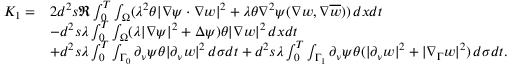
\begin{array} { r l } { K _ { 1 } = } & { 2 d ^ { 2 } s \Re \int _ { 0 } ^ { T } \int _ { \Omega } ( \lambda ^ { 2 } \theta | \nabla \psi \cdot \nabla w | ^ { 2 } + \lambda \theta \nabla ^ { 2 } \psi ( \nabla w , \nabla \overline { { w } } ) ) \, d x d t } \\ & { - d ^ { 2 } s \lambda \int _ { 0 } ^ { T } \int _ { \Omega } ( \lambda | \nabla \psi | ^ { 2 } + \Delta \psi ) \theta | \nabla w | ^ { 2 } \, d x d t } \\ & { + d ^ { 2 } s \lambda \int _ { 0 } ^ { T } \int _ { \Gamma _ { 0 } } \partial _ { \nu } \psi \theta | \partial _ { \nu } w | ^ { 2 } \, d \sigma d t + d ^ { 2 } s \lambda \int _ { 0 } ^ { T } \int _ { \Gamma _ { 1 } } \partial _ { \nu } \psi \theta ( | \partial _ { \nu } w | ^ { 2 } + | \nabla _ { \Gamma } w | ^ { 2 } ) \, d \sigma d t . } \end{array}